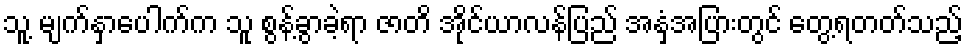
သူ့ မျက်နှာပေါက်က သူ စွန့်ခွာခဲ့ရာ ဇာတိ အိုင်ယာလန်ပြည် အနှံ့အပြားတွင် တွေ့ရတတ်သည့်